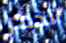
اتذكر